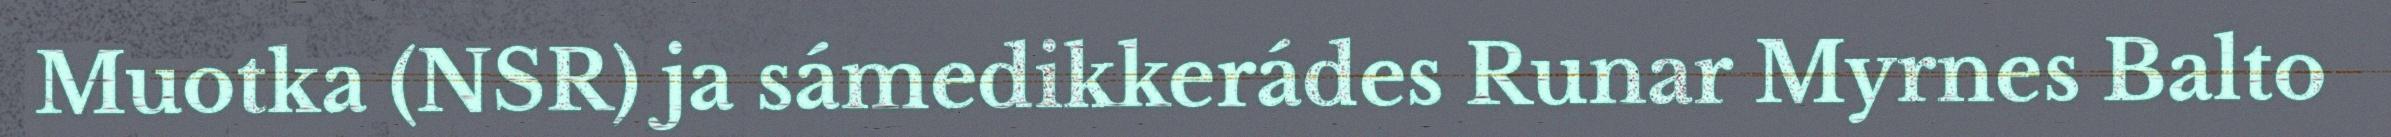
Muotka (NSR) ja sámedikkerádes Runar Myrnes Balto